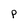
Character: p